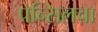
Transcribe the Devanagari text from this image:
पेन्सिलचा